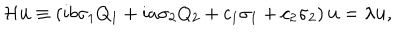
{ \cal H } { \bf u } \equiv \left( i b \sigma _ { 1 } Q _ { 1 } + i a \sigma _ { 2 } Q _ { 2 } + c _ { 1 } \sigma _ { 1 } + c _ { 2 } \sigma _ { 2 } \right) { \bf u } = \lambda { \bf u } ,